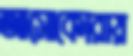
আসোকোরায়